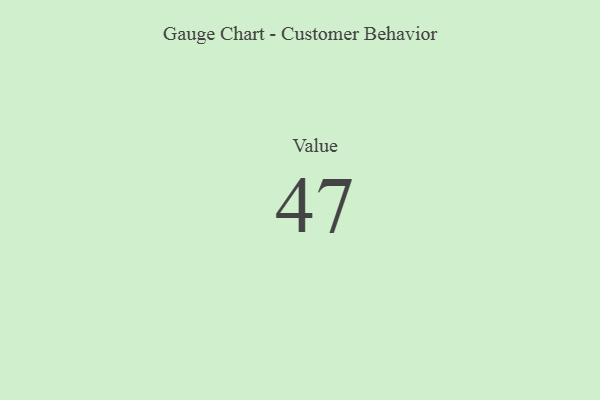
{"axis": {"x": "Metric", "y": "Value"}, "legend": [""], "data": [{"x": "Value", "y": 47, "type": ""}]}